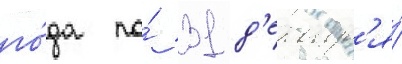
го́да по́ 31 д'екабр'я́